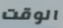
الوقت